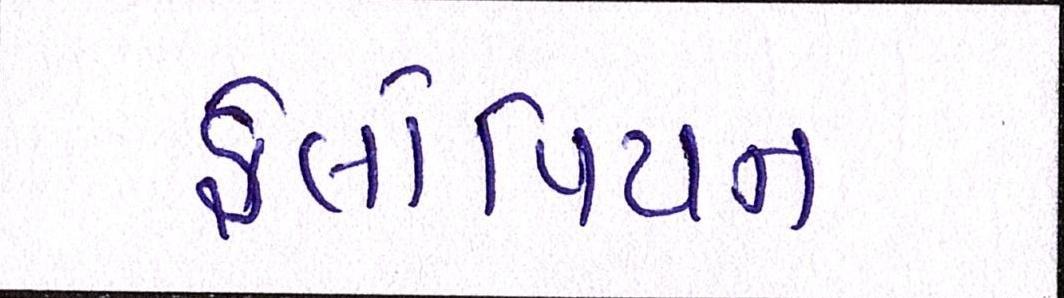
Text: ફેલોપિયન